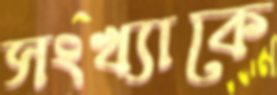
সংখ্যাকে